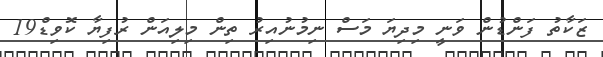
ޒަކާތު ފަންޑުން ވަނީ މިދިޔަ މަސް ނިމުނުއިރު ތިން މިލިއަން ރުފިޔާ ކޮވިޑް19